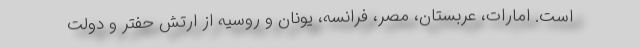
است. امارات، عربستان، مصر، فرانسه، یونان و روسیه از ارتش حفتر و دولت